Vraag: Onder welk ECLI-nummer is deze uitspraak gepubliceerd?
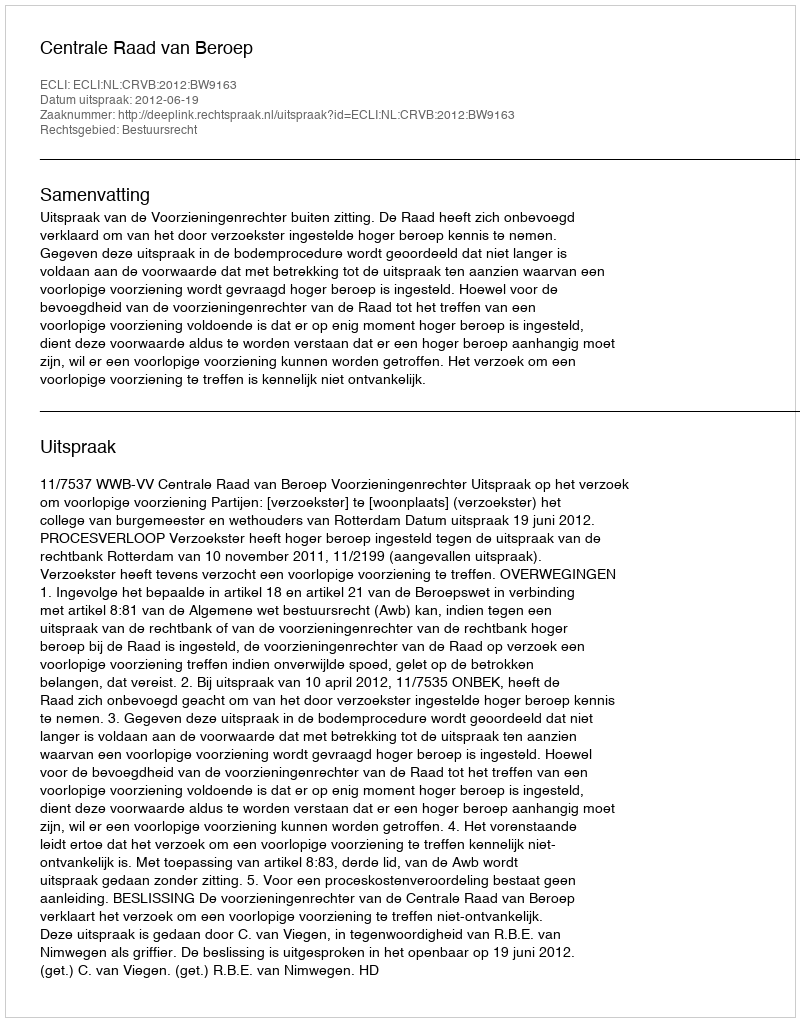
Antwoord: ECLI:NL:CRVB:2012:BW9163